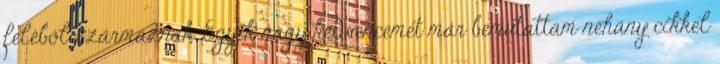
feléből származnak. Egyik nagy kedvencemet már bemutattam néhány cikkel